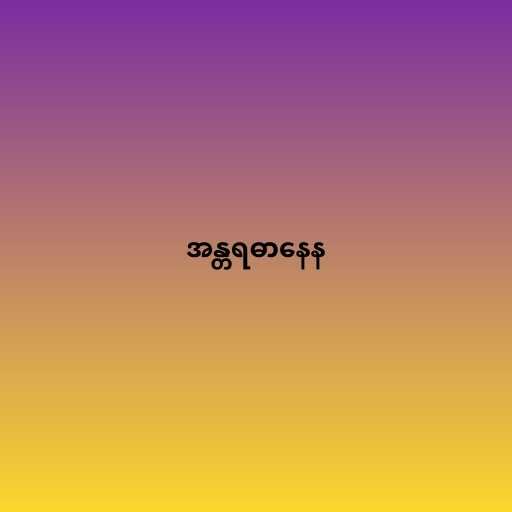
အန္တရဓာနေန